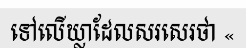
ទៅលើឃ្លាដែលសរសេរថា «